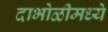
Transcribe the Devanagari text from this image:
दाभोळीमध्ये